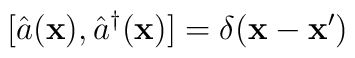
[\hat{a}({\bf x}),\hat{a}^{\dagger} ({\bf x})] =  \delta ({\bf x}-{\bf x}')